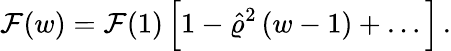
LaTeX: {\cal F}(w)={\cal F}(1)\, \Big[1-\hat{\varrho}^{2}\, (w-1)+\dots\Big]\, .